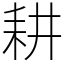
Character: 耕